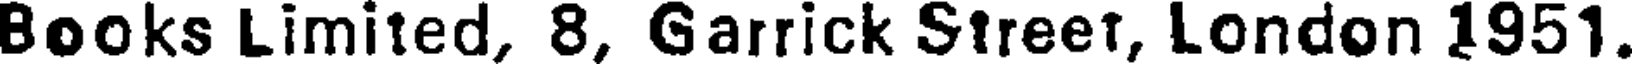
Books Limited, 8, Garrick Street, London 1951.